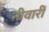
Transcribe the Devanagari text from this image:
नीवारीं